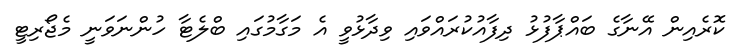
ކޮރެއިން އޭނާގެ ބައްޕާފުޅު ދިފާއުކުރައްވައި ވިދާޅުވީ އެ މަގާމުގައި ބްލެޓާ ހުންނަވަނީ މެޖޯރިޓީ